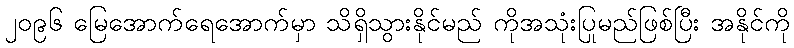
၂၀၉၆ မြေအောက်ရေအောက်မှာ သိရှိသွားနိုင်မည် ကိုအသုံးပြုမည်ဖြစ်ပြီး အနိုင်ကို